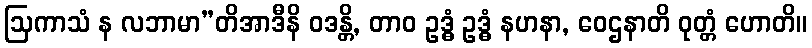
ဩကာသံ န လဘာမာ”တိအာဒီနိ ဝဒန္တိ, တာဝ ဥဒ္ဓံ ဥဒ္ဓံ နဟနာ, ဝေဌနာတိ ဝုတ္တံ ဟောတိ။